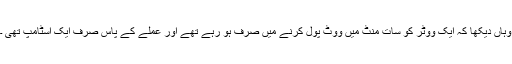
وہاں دیکھا کہ ایک ووٹر کو سات منٹ میں ووٹ پول کرنے میں صرف ہو رہے تھے اور عملے کے پاس صرف ایک اسٹامپ تھی ۔